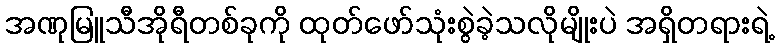
အဏုမြူသီအိုရီတစ်ခုကို ထုတ်ဖော်သုံးစွဲခဲ့သလိုမျိုးပဲ အရှိတရားရဲ့